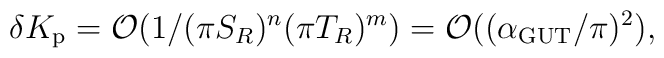
\delta K_{\rm p}={\cal O}(1/(\pi S_R)^n(\pi T_R)^m)={\cal O}((\alpha_{\rm GUT}/\pi)^2),